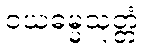
ဝယဓမ္မသုတ္တံ